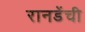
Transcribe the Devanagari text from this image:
रानडेंची